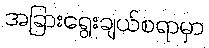
အခြားရွေးချယ်စရာမှာ